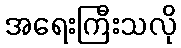
အရေးကြီးသလို